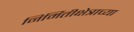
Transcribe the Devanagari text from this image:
निर्मितीक्षेत्राच्या